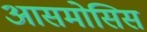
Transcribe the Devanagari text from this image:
आसमोसिस